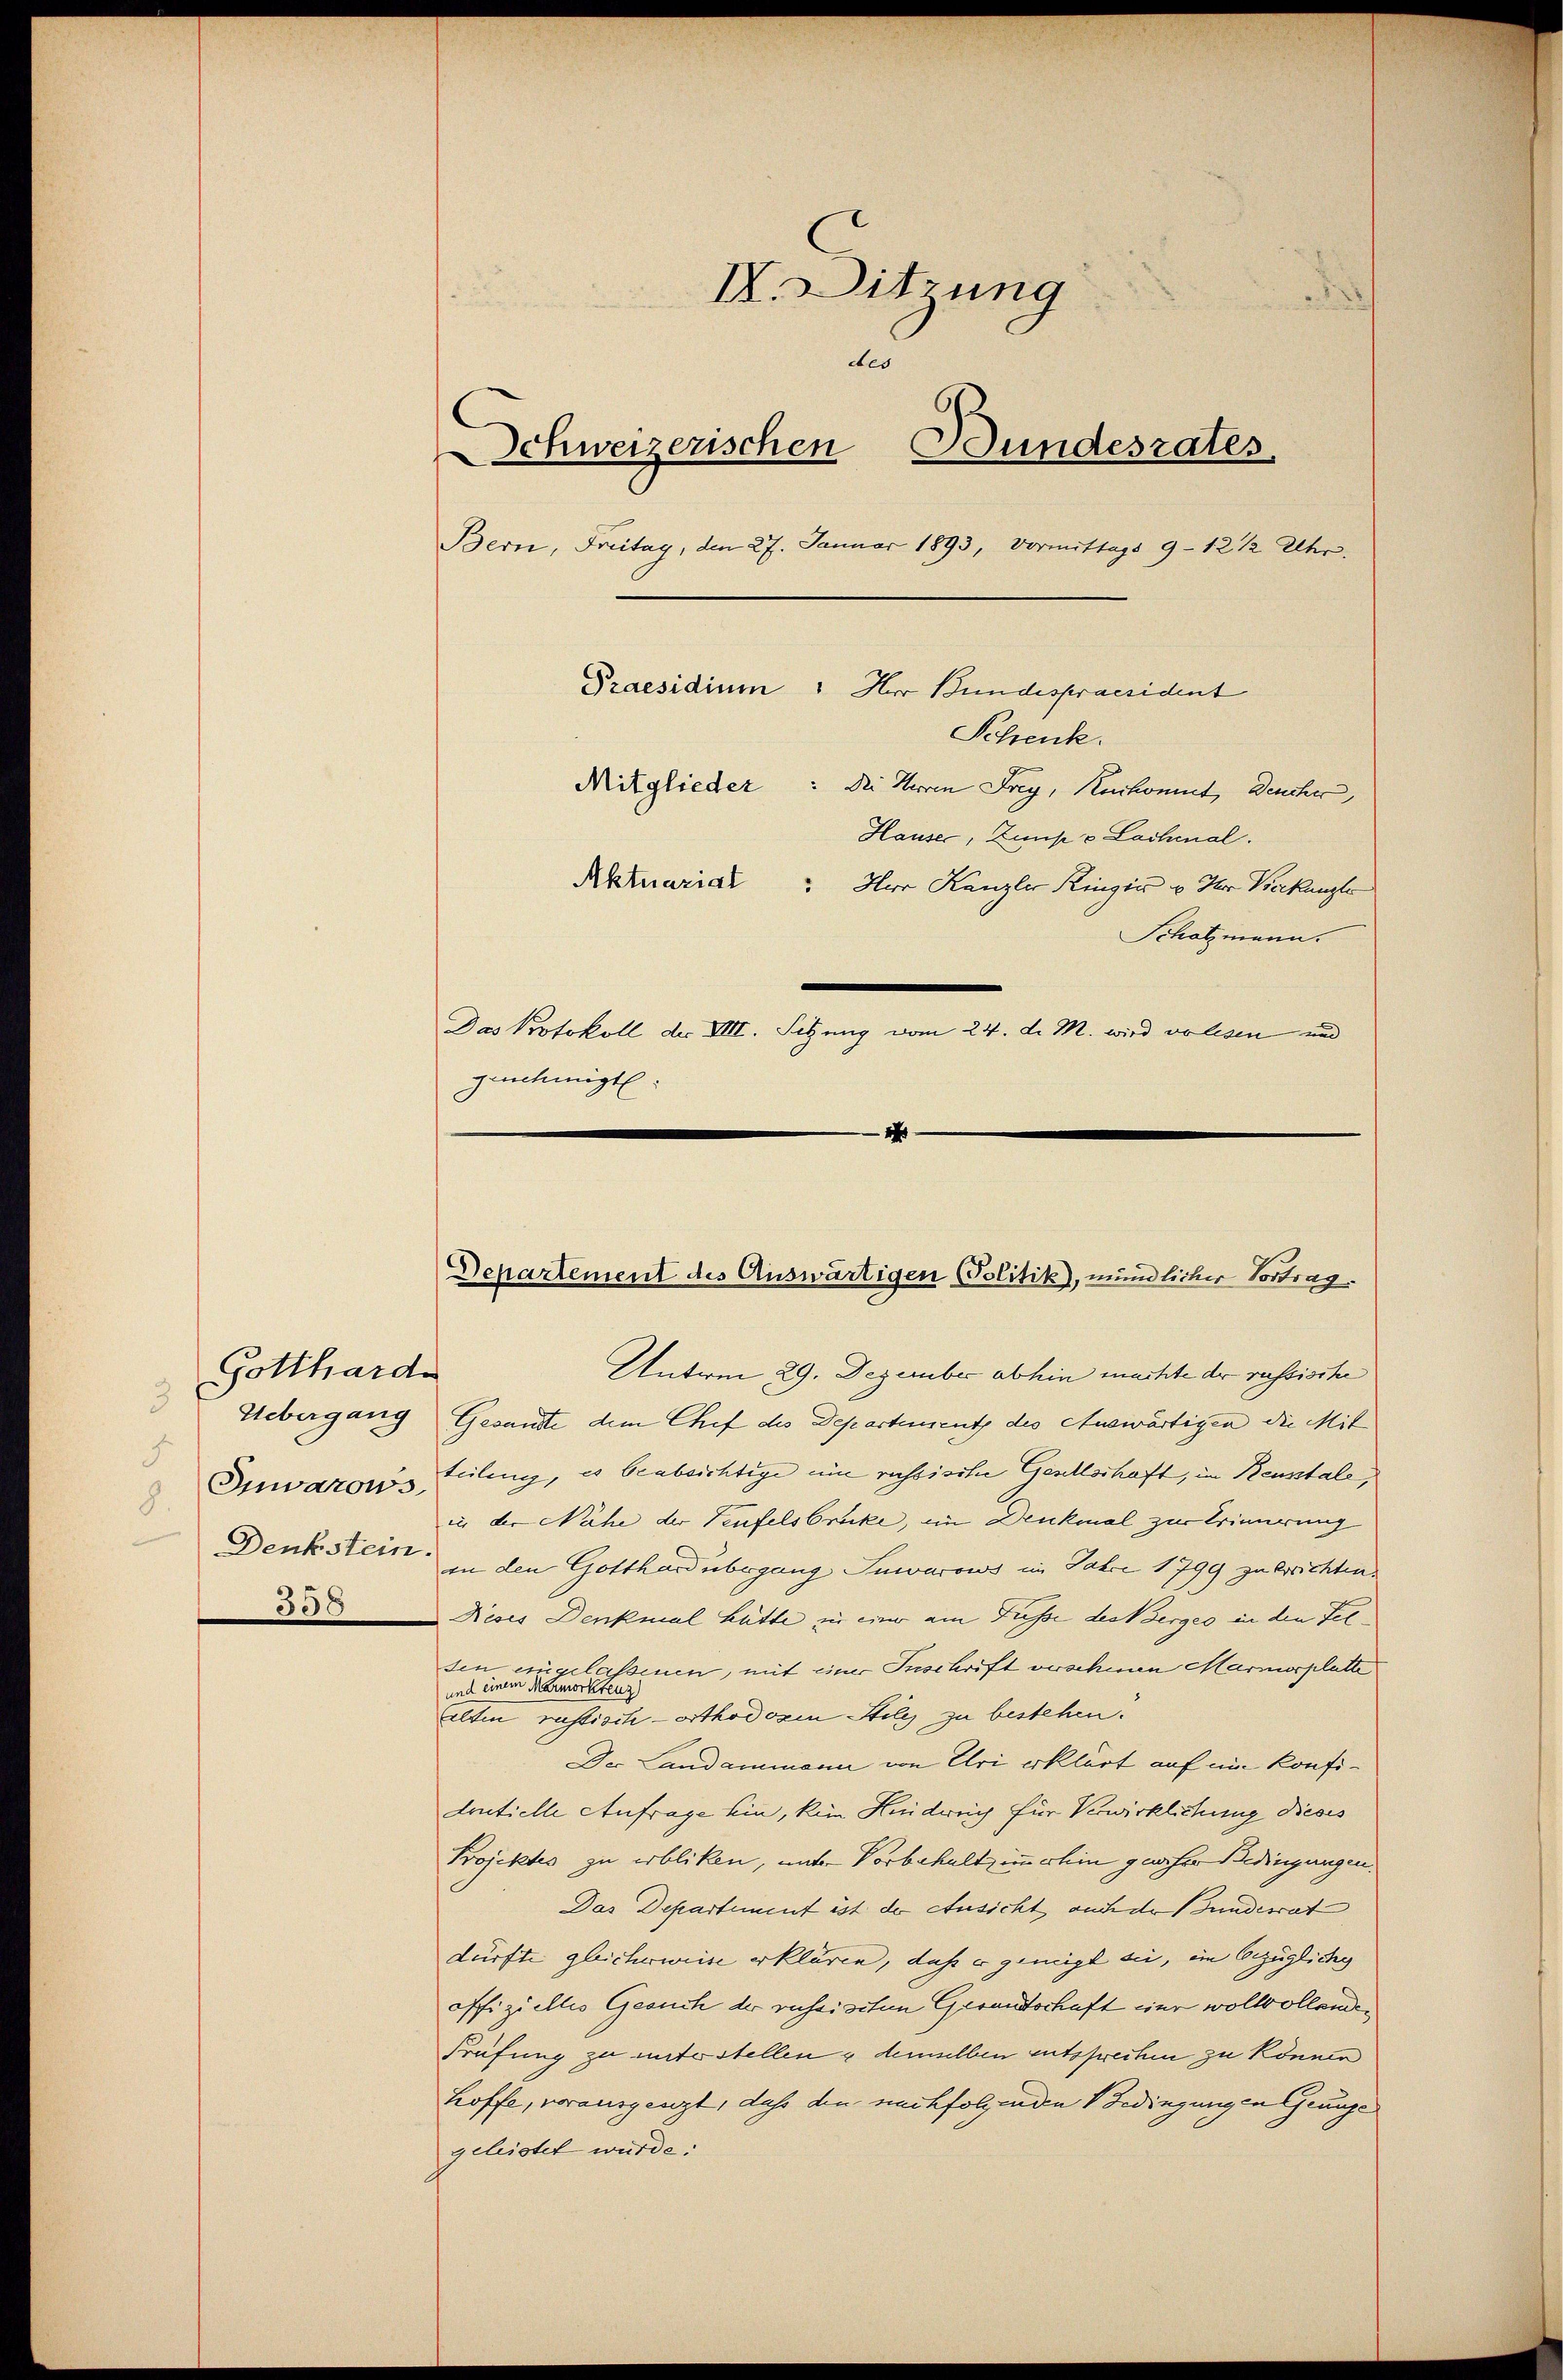
Gottharde
3
d
Inwarows
8.
Denkstein.

308

II. Ditzung
des
Schweizerischen Bundesrates
Bern, Freitag, den 27. Januar 1893, Vormittags 9–12 1/2 Uhr.
Praesidium 1 Herr Bundespraesident
Mitglieder: Die Herren Frey, Kerkommt, Deucher,
Hauser, Zimp v Lachmal.
Aktuarial Hur Kanzler Ringen u der Verkanzle
Schatzmann.
Das Protokoll der VIII. Setzung vom 24. d. M. wird volesen und
genehmigt.
1

Unterm 29. Dezember abhin machte der russische
Uebergang Gesandte dem Chef des Departement des Auswärtigen die Mit
teilung, es beabsichtige une russische Gesellschaft, im Reusstale,
in der Nähe der Teufelsbrücke, im Denkmal zur Trinirung
an den Gotthard übergang Inwarows im Jahre 1799 zu errichten.
Neses Denkmal hätte in einer am Fusse des Verger in den Felsen eingelassenen, mit einer Inschrift verschinen Marmorplatte
und einem Marmorkteuz)
alten russisch-orthodorin Stile zu bestehen.
Der Landammann von Uri erklärt auf ein Konfidentielle Anfrage ein, kein Hindereich für Verwirklichung dieses
Projektes zu erbliken, unter Vorbehaltzimmerhin grosser Bedingungen.
Das Departement ist der Ansicht auch der Bunderat
dürfte gleicherweise erklären, daß er gemigt sie, ein bezügliche |
offizielles Gesuch der russisiten Gerandtschaft nur wollvollenden
Prüfung zu unterstellen & demselben entsprechen zu können
hoffe, vorausgenzt, daß den nachfolgende Bedingungen Grauge
geleistet wurde.

Schenk.

Departement des Auswärtigen Politik, mündlicher Vortrag.